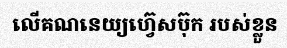
លើគណនេយ្យហ្វ៊េសប៊ុក របស់ខ្លួន